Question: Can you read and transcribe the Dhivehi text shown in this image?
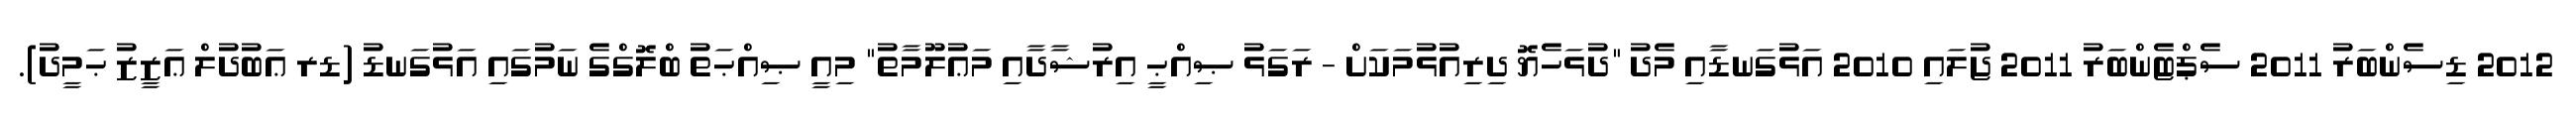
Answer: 2012 ޑިސެންބަރު 2011 ސެޕްޓެންބަރު 2011 ޖުލައި 2010 އަޅުގަނޑާއި މެދު "ދުޅަހެޔޮ ދިރިއުޅުމަކަށް - ރަގަޅު ޞިއްޙީ އިރުޝާދާއި މަޢުލޫމާތު" މިއީ ޞިއްޙަތު ބްލޮގްގެ ނަމުގައި އަޅުގަނޑު (ޑރ ޢަބުދުލް ޢަޒީޒު ޙަމީދު).